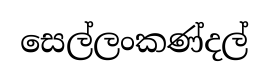
සෙල්ලංකණ්දල්